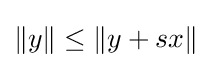
\|y\|\leq \|y+sx\|